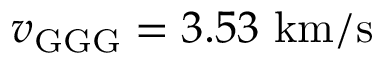
v _ { \mathrm { G G G } } = 3 . 5 3 ~ \mathrm { k m / s }